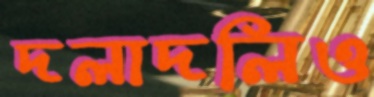
দলাদলিও